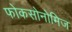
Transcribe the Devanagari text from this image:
फोकसोनोमिज